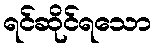
ရင်ဆိုင်ရသော